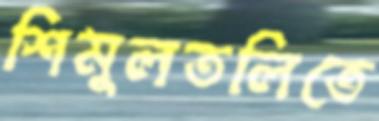
শিমুলতলিতে